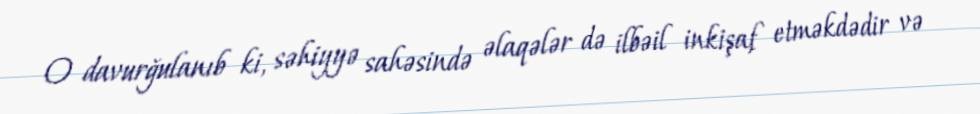
O davurğulanıb ki, səhiyyə sahəsində əlaqələr də ilbəil inkişaf etməkdədir və